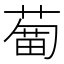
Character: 𦹣